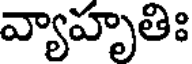
వ్యాహృతిః